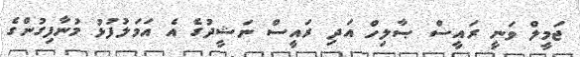
ޖަމީލް ވަނީ ރައީސް ޞާލިހް އަދި ރައީސް ނަޝީދުގެ އެ އަމަލުފުޅު މުނާފިގުންގެ